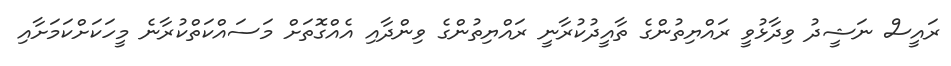
ރައީސް ނަޝީދު ވިދާޅުވީ ރައްޔިތުންގެ ތާއީދުކުރާނީ ރައްޔިތުންގެ ވިންދާއި އެއްގޮތަށް މަސައްކަތްކުރާނެ މީހަކަށްކަމަށާއި